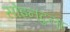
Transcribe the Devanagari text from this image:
सोइनटुला